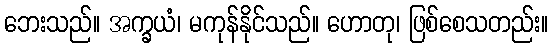
ဘေးသည်။ အက္ခယံ၊ မကုန်နိုင်သည်။ ဟောတု၊ ဖြစ်စေသတည်း။